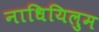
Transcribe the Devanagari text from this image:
नाधियिलुम